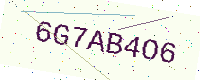
Text: 6G7AB4O6